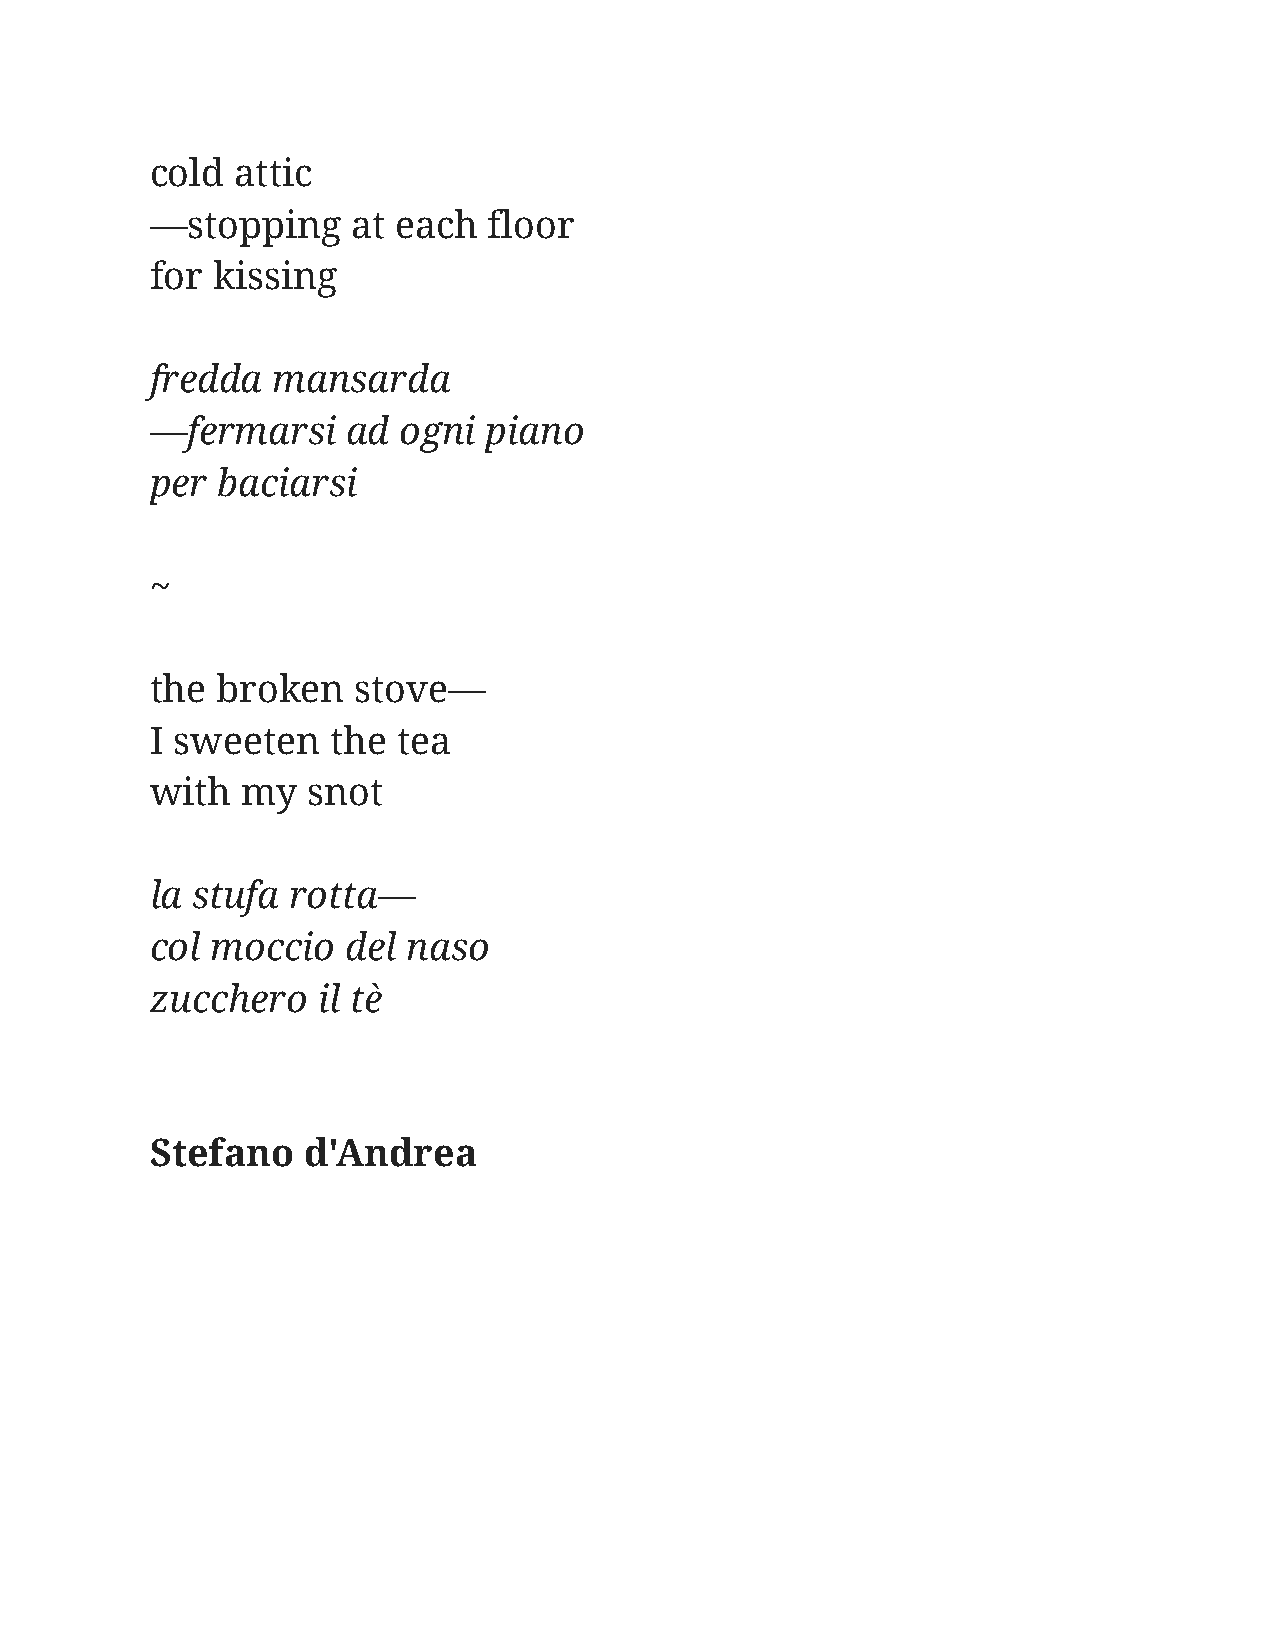
cold  attic
 —stopping    at each  floor
 for kissing
 fredda  mansarda
 —fermarsi    ad ogni  piano
 per baciarsi
 ~
 the broken   stove—
 I sweeten   the tea
 with  my  snot
 la stufa rotta—
 col moccio   del naso
 zucchero   il tè
 Stefano   d'Andrea